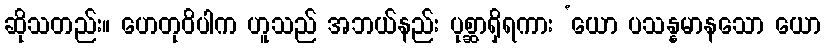
ဆိုသတည်း။ ဟေတုဝိပါက ဟူသည် အဘယ်နည်း ပုစ္ဆာရှိရကား ‘ယော ပသန္နမာနသော ယော